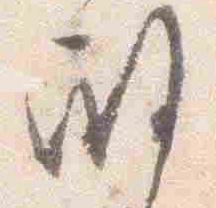
殿